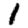
Digit: 1